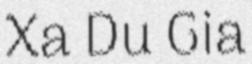
Xa Du Gia